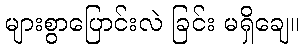
များစွာပြောင်းလဲ ခြင်း မရှိချေ။